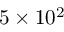
5 \times 1 0 ^ { 2 }